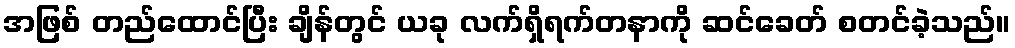
အဖြစ် တည်ထောင်ပြီး ချိန်တွင် ယခု လက်ရှိရက်တနာကို ဆင်ခေတ် စတင်ခဲ့သည်။